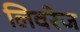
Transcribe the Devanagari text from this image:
लिवरेज